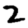
Digit: 2